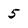
Character: 5